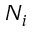
N _ { i }